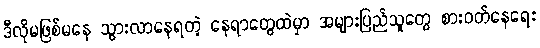
ဒီလိုမဖြစ်မနေ သွားလာနေရတဲ့ နေရာတွေထဲမှာ အများပြည်သူတွေ စားဝတ်နေရေး